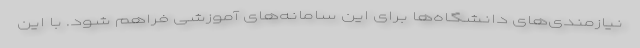
نیازمندی‌های دانشگاه‌ها برای این سامانه‌های آموزشی فراهم شود. با این